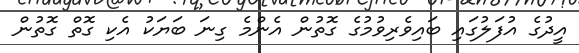
އީދުގެ އުފަލުގައި ބައިވެރިވުމުގެ ގޮތުން އެންމެ ގިނަ ބަޔަކު އެކި ގޮތް ގޮތުން